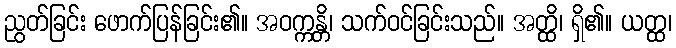
ညွတ်ခြင်း ဖောက်ပြန်ခြင်း၏။ အဝက္ကန္တိ၊ သက်ဝင်ခြင်းသည်။ အတ္ထိ၊ ရှိ၏။ ယတ္ထ၊